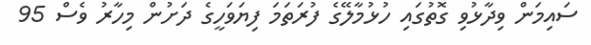
ސައިމަން ވިދާޅުވި ގޮތުގައި ހުޅުމާލޭގެ ފުރަތަމަ ފިޔަވަހީގެ ދަށުން މިހާރު ވެސް 95